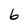
Character: b